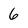
Character: 6